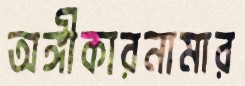
অঙ্গীকারনামার